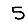
Digit: 5